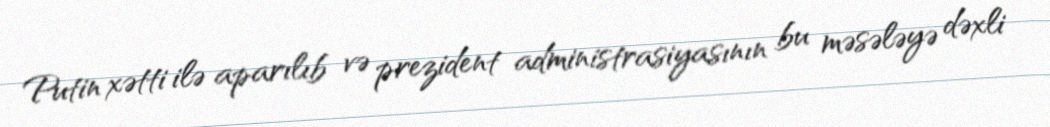
Putin xətti ilə aparılıb və prezident administrasiyasının bu məsələyə dəxli